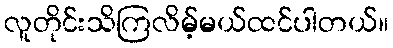
လူတိုင်းသိကြလိမ့်မယ်ထင်ပါတယ်။